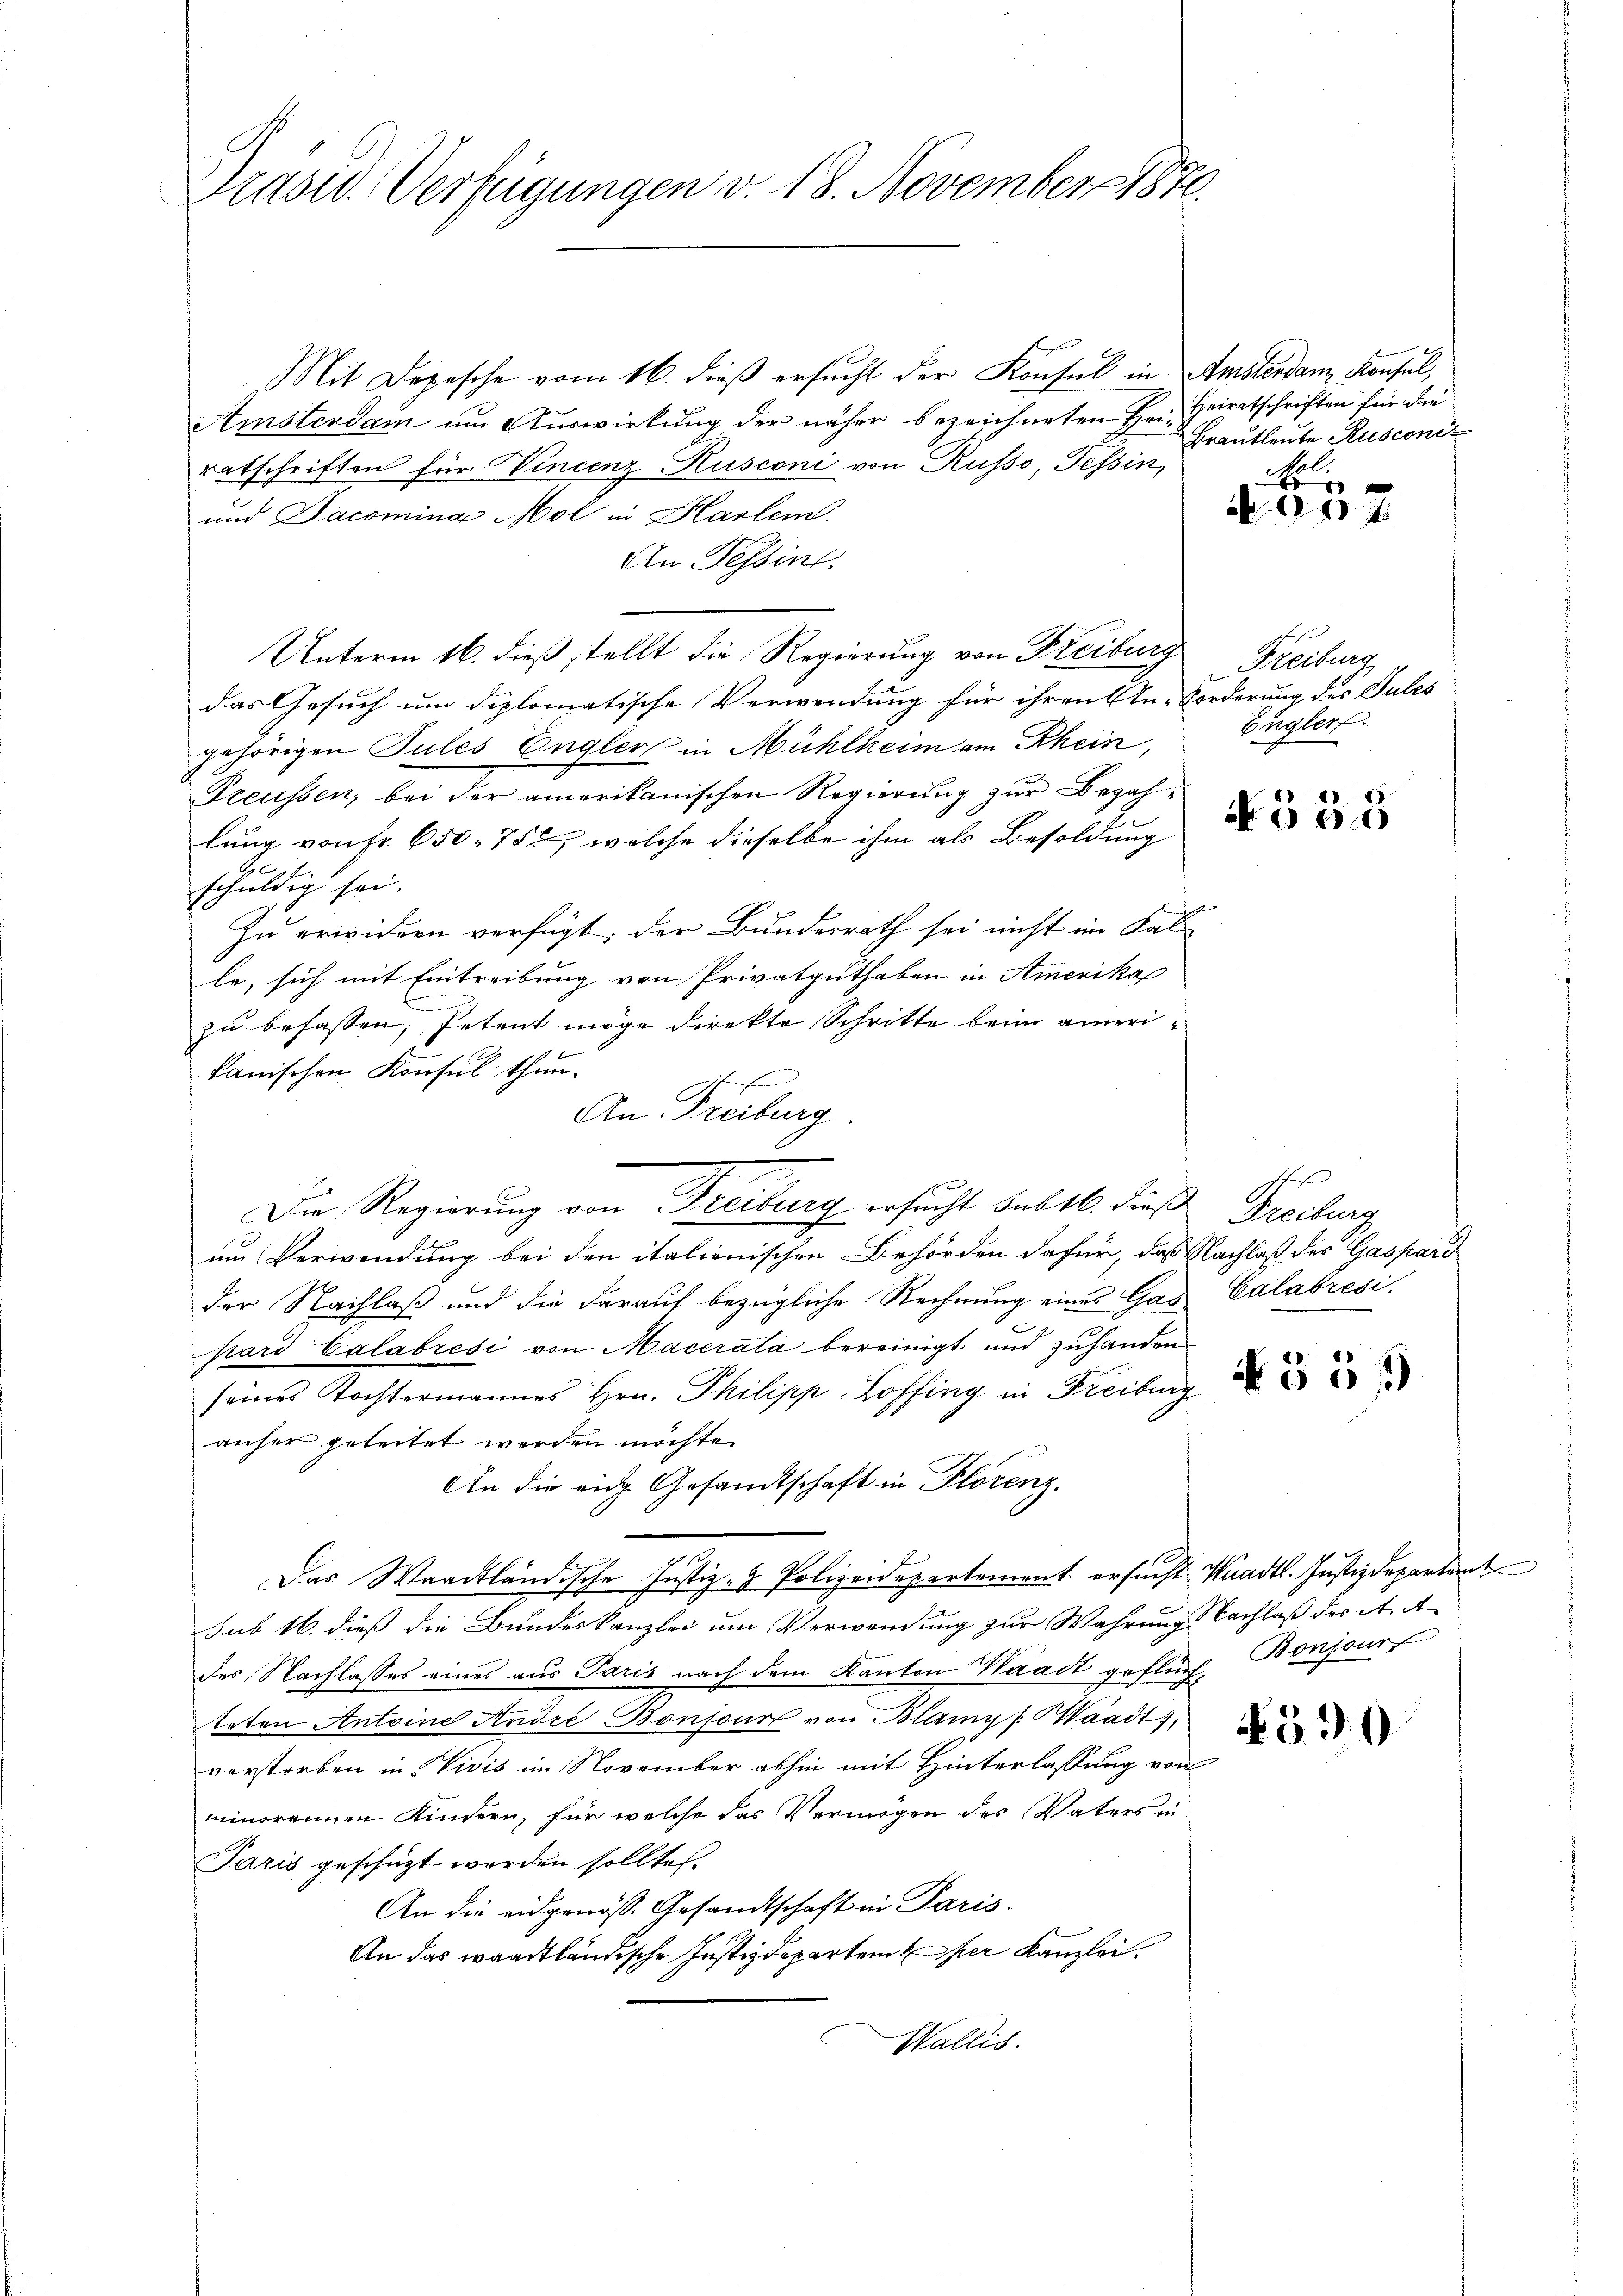
Præses. Verfügungen v. 18. November 1876.

Mit Depesche vom 16. dieß ersucht der Konsul in Amsterdam Konsul,
Ainsterdam um Auswirkung der näher bezeichneten Hr. Heiratschriften für die
ratschriften für incenz Kusconi von Russe, Tessin,
und Dacomina Mol in Harlei
An Tessin.
Unterm 16. dieß stellt die Regierung von Freiburg
das Gesuch um diplomatische Verwendung für ihren In-Forderung des Tules
gehörigen Tules Engler in Mühlheim am Rhein,
Preussen, bei der amerikanischen Regierung zur Bezahlung von Fr. 650. 752, welche dieselbe ihm als Besoldung
e
schuldig sei.
Zu erwidern verfügt; der Bundesrath sei nicht im Fal
le, sich mit Eintreibung von Privatguthaben in Amerika
zu befassen, Petent möge direkte Schritte beim amerikanischen Konsul thun.
An Freiburg
um Verwendung bei den italienischen Behörden dafür, das Nachlaß des Gaspard
der Nachlaß und die darauf bezügliche Rechnung eines Gas
pard Calabrési von Macerata bereinigt und zuhanden
seines Tochtermannes Hrn. Philipp Hoffing in Freiburg
anher geleitet werden möchte.
An die eidg. Gesandtschaft in Plorenz
Das Waadtländische Justiz- & Polizeidepartement ersucht Waadt. Justizdepartamt
sub 16. dieß die Bundeskanzlei um Verwendung zur Wahrung Nachlaß der A. A
des Nachlasses eines aus Paris nach dem Kanton Waadt geflüche Bonzour,
teten Antoine Andre, Bonjour von Blau (Waadt
verstorben in Vivis im November abhin mit Hinterlassung von
minorennen Kindern, für welche das Vermögen des Vaters in
Paris geschüzt werden sollte.
An die eidgenöss. Gesandtschaft in Paris.
An das waadtländische Justizdepartem hier Kanzlei.
Wallis.

Die Regierung von Freiburg ersucht sub 16. dieß Freiburg

Brautleute Ruscone

A

Freiburg
Engler.

N555

Calabrési.

N 35 f

390